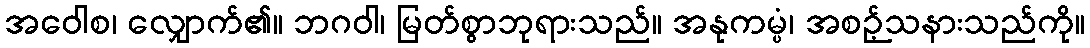
အဝေါစ၊ လျှောက်၏။ ဘဂဝါ၊ မြတ်စွာဘုရားသည်။ အနုကမ္ပံ၊ အစဉ့်သနားသည်ကို။